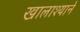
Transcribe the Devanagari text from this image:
खालाश्याने